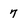
Character: 7